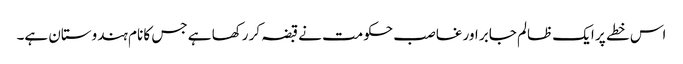
اس خطے پر ایک ظالم جابر اور غاصب حکومت نے قبضہ کر رکھا ہے جس کا نام ہندوستان ہے۔